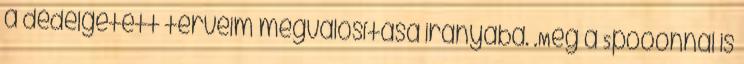
a dédelgetett terveim megvalósítása irányába. .Még a Spooonnál is